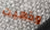
وذهبت